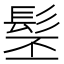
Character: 髬